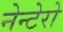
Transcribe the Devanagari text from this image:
नेन्टेरो